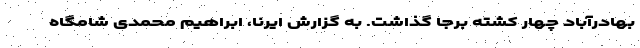
بهادرآباد چهار کشته برجا گذاشت. به گزارش ایرنا، ابراهیم محمدی شامگاه